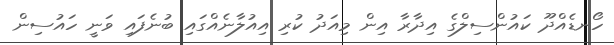
ހޯނޑެއްދޫ ކައުންސިލްގެ އިދާރާ އިން މިއަދު ކުރި އިއުލާނެއްގައި ބުނެފައި ވަނީ ހައުސިން